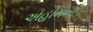
અહોમનો